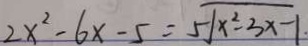
2 x ^ { 2 } - 6 x - 5 = 5 \sqrt { x ^ { 2 } - 3 x - 1 }